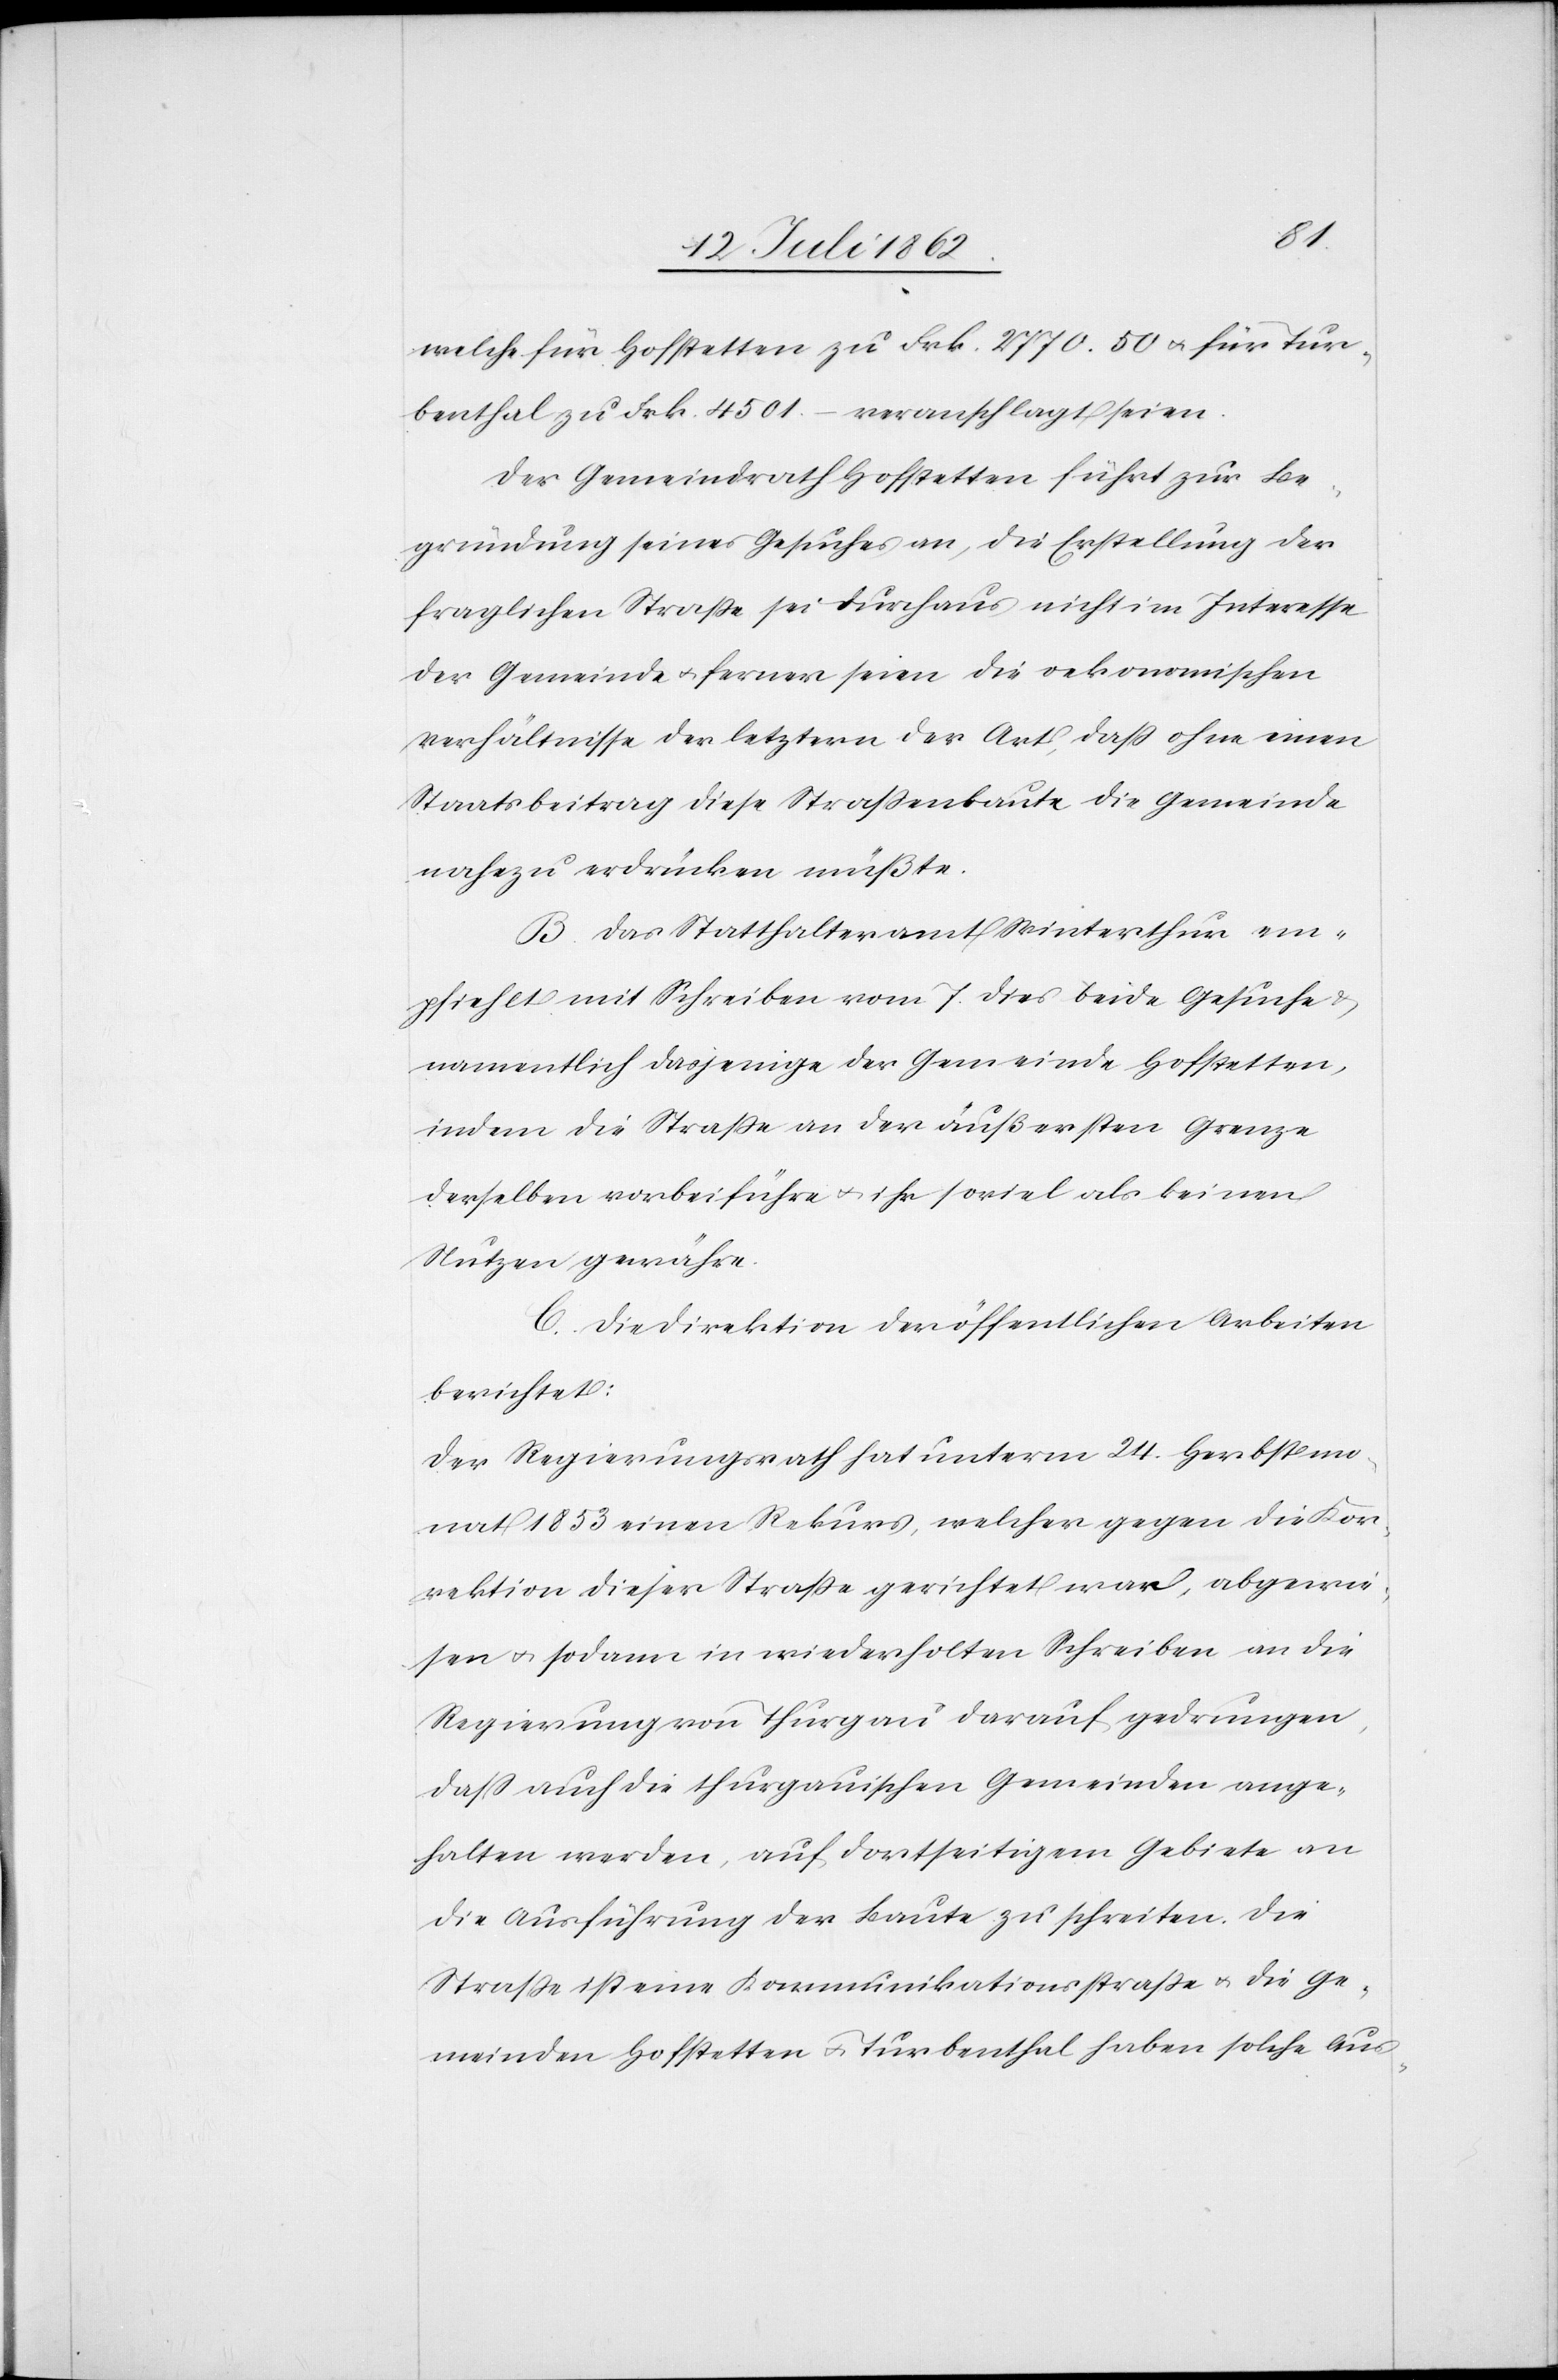
welche für Hofstetten zu Frk. 2770.50 u. für Tur¬
benthal zu Frk. 4501. – veranschlagt seien.
Der Gemeindrath Hofstetten führt zur Be¬
gründung seines Gesuches an, die Erstellung der
fraglichen Straße sei durchaus nicht im Interesse
der Gemeinde u. ferner seien die oekonomischen
Verhältnisse der letztern der Art, daß ohne einen
Staatsbeitrag diese Straßenbaute die Gemeinde
nahezu erdrücken müßte.
B. Das Statthalteramt Winterthur em¬
pfiehlt mit Schreiben vom 7. dies beide Gesuche
namentlich dasjenige der Gemeinde Hofstetten,
indem die Straße an der äußersten Grenze
derselben vorbeiführe u. ihr soviel als keinen
Nutzen gewähre.
B. Die Direktion der öffentlichen Arbeiten
berichtet:
Der Regierungsrath hat unterm 24. Herbstmo¬
nat 1853 einen Rekurs, welcher gegen die Kor¬
rektion dieser Straße gerichtet war, abgewie¬
sen u. sodann in wiederholten Schreiben an die
Regierung von Thurgau darauf gedrungen,
daß auch die thurgauischen Gemeinden ange¬
halten werden, auf dortseitigem Gebiete an
die Ausführung der Baute zu schreiten. Die
Straße ist eine Kommunikationsstraße u. die Ge¬
meinden Hofstetten u. Turbenthal haben solche Aus-